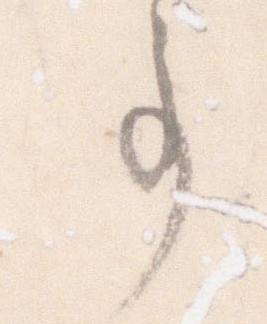
事